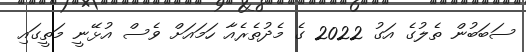
ސަބަބުން ތެލުގެ އަގު 2022 ގެ މެދުތެރެއާ ހަމައަށް ވެސް އުޅޭނީ މަތީގައި